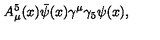
A _ { \mu } ^ { 5 } ( x ) \bar { \psi } ( x ) \gamma ^ { \mu } \gamma _ { 5 } \psi ( x ) ,